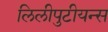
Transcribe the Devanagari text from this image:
लिलीपुटीयन्स